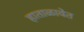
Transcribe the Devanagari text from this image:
हाताळावेत